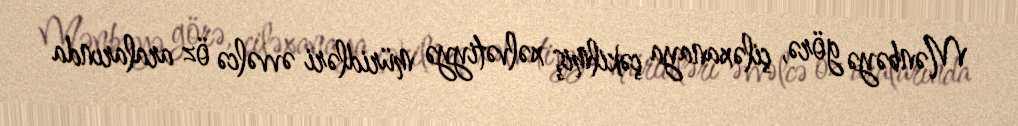
Mənbəyə görə, çiləxanaya çəkilmiş xəlvətiyyə müridləri əvvəlcə öz aralarında